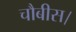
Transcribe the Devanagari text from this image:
चौबीस।